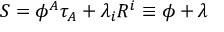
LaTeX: S = \phi ^ { A } \tau _ { A } + \lambda _ { i } R ^ { i } \equiv \phi + \lambda